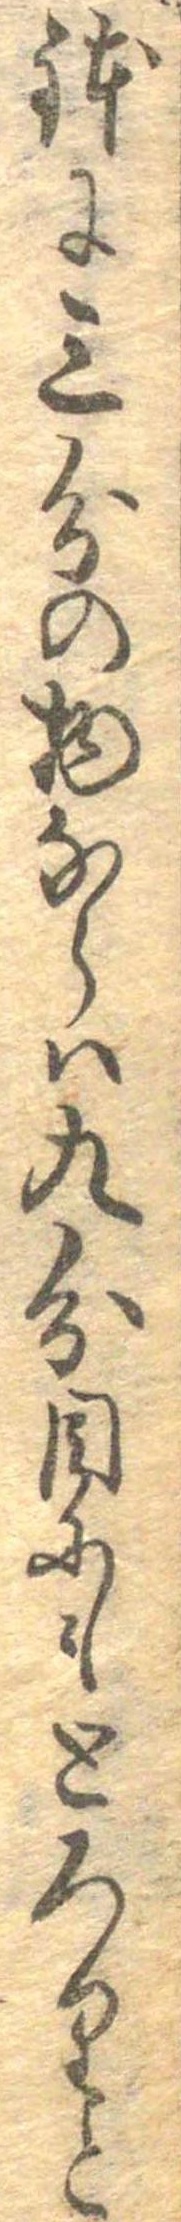
鉢に三分の物ならは九分目にもとろりと